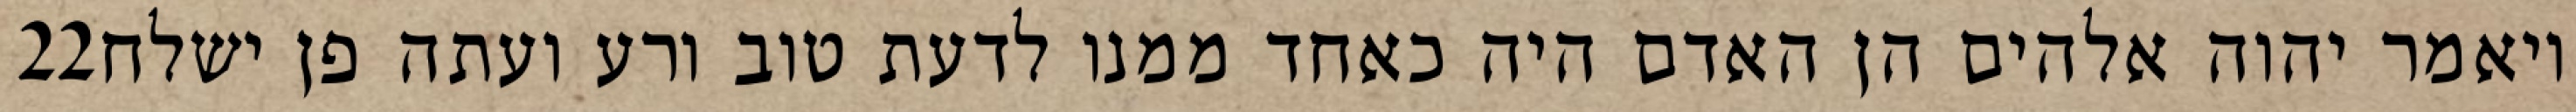
‎22‏ ויאמר יהוה אלהים הן האדם היה כאחד ממנו לדעת טוב ורע ועתה פן ישלח